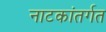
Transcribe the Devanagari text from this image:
नाटकांतर्गत